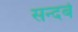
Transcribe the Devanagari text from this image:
सन्दर्ब